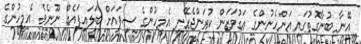
އޭނާ ބުނާގޮތުގައި އަންހެނުންގެ އަގުވަޒަން ކުރަންޖެހޭނީ އެމީހުންގެ ސިފައަށް ބަލައިފައެއް ނޫނެވެ. އެމީހުންގެ